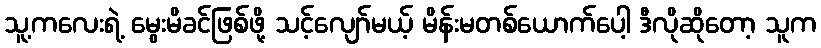
သူ့ကလေးရဲ့ မွေးမိခင်ဖြစ်ဖို့ သင့်လျော်မယ့် မိန်းမတစ်ယောက်ပေါ့ ဒီလိုဆိုတော့ သူက